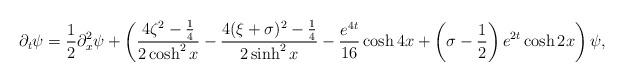
LaTeX: \begin{align*}\partial_t \psi = \frac{1}{2} \partial_x^2 \psi + \left( \frac{4 \zeta^2 - \frac{1}{4}}{2 \cosh^2 x} - \frac{4(\xi + \sigma)^2 - \frac{1}{4}}{2 \sinh^2 x} - \frac{e^{4t}}{16} \cosh 4x + \left( \sigma - \frac{1}{2} \right) e^{2t} \cosh 2x \right) \psi ,\end{align*}